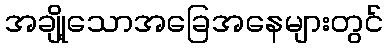
အချို့သောအခြေအနေများတွင်